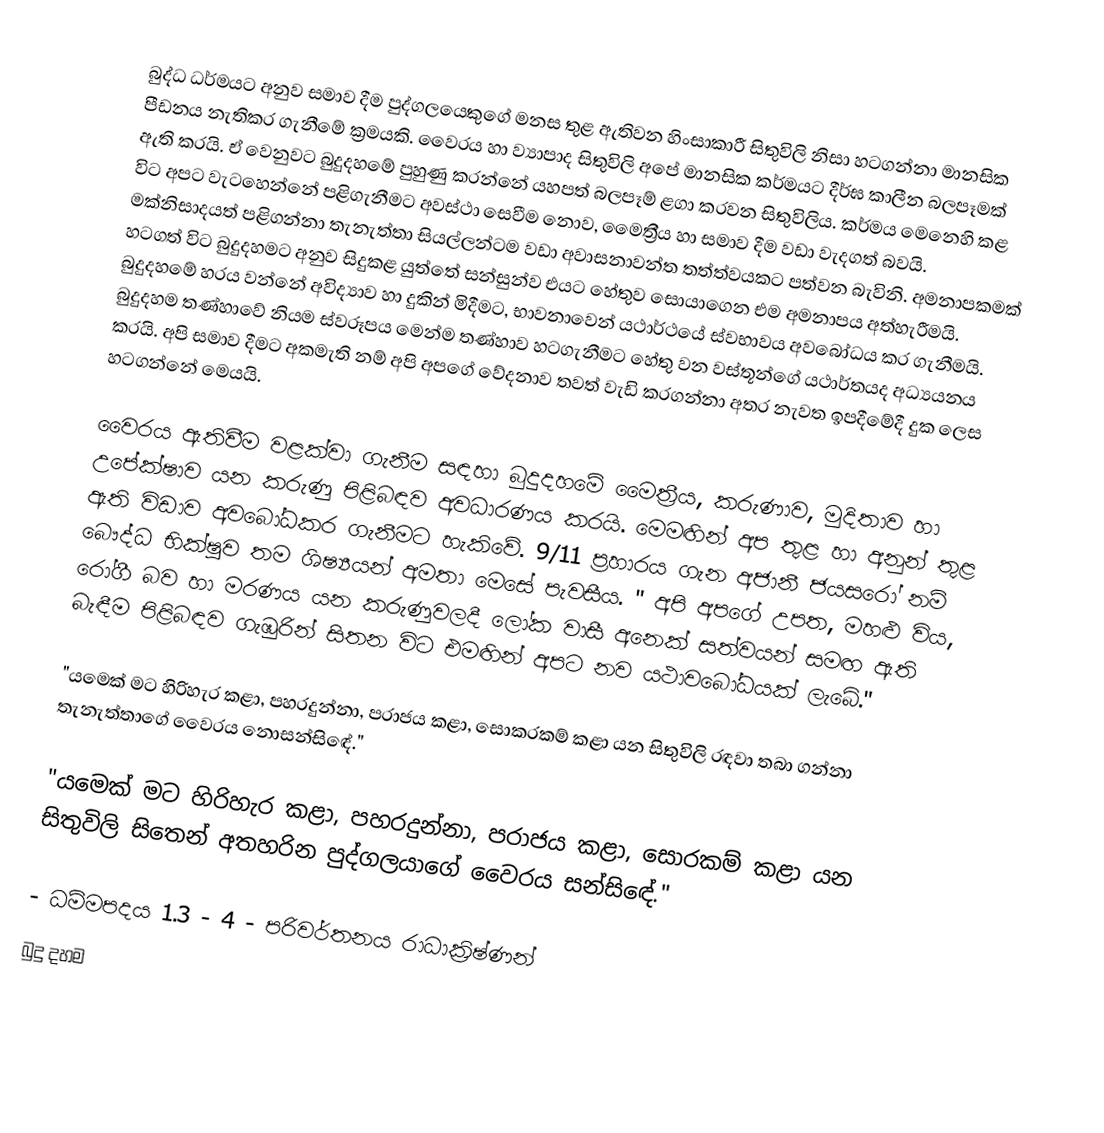
බුද්ධ ධර්මයට අනුව සමාව දීම පුද්ගලයෙකුගේ මනස තුළ ඇතිවන හිංසාකාරී සිතුවිලි නිසා හටගන්නා මානසික පීඩනය නැතිකර ගැනීමේ ක්‍රමයකි. වෛරය හා ව්‍යාපාද සිතුවිලි අපේ මානසික කර්මයට දීර්ඝ කාලීන බලපෑමක් ඇති කරයි. ඒ වෙනුවට බුදුදහමේ පුහුණු කරන්නේ යහපත් බලපෑම් ළගා කරවන සිතුවිලිය. කර්මය මෙනෙහි කළ විට අපට වැටහෙන්නේ පළිගැනීමට අවස්ථා සෙවීම නොව, මෛත්‍රීය හා සමාව දීම වඩා වැදගත් බවයි. මක්නිසාදයත් පළිගන්නා තැනැත්තා සියල්ලන්ටම වඩා අවාසනාවන්ත තත්ත්වයකට පත්වන බැවිනි. අමනාපකමක් හටගත් විට බුදුදහමට අනුව සිදුකළ යුත්තේ සන්සුන්ව එයට හේතුව සොයාගෙන එම අමනාපය අත්හැරීමයි. බුදුදහමේ හරය වන්නේ අවිද්‍යාව හා දුකින් මිදීමට, භාවනාවෙන් යථාර්ථයේ ස්වභාවය අවබෝධය කර ගැනීමයි. බුදුදහම තණ්හාවේ නියම ස්වරූපය මෙන්ම තණ්හාව හටගැනීමට හේතු වන වස්තූන්ගේ යථාර්තයද අධ්‍යයනය කරයි. අපි සමාව දීමට අකමැති නම් අපි අපගේ වේදනාව තවත් වැඩි කරගන්නා අතර නැවත ඉපදීමේදී දුක ලෙස හටගන්නේ මෙයයි.

වෛරය ඇතිවීම වළක්වා ගැනීම සඳහා බුදුදහමේ මෛත්‍රීය, කරුණාව, මුදිතාව හා උපේක්ෂාව යන කරුණු පිළිබඳව අවධාරණය කරයි. මෙමඟින් අප තුළ හා අනුන් තුළ ඇති විඩාව අවබෝධකර ගැනීමට හැකිවේ. 9/11 ප්‍රහාරය ගැන අජානී ජයසරෝ නම් බෞද්ධ භික්ෂුව තම ශිෂ්‍යයන් අමතා මෙසේ පැවසීය. " අපි අපගේ උපත, මහළු විය, රෝගී බව හා මරණය යන කරුණුවලදී ලෝක වාසී අනෙක් සත්වයන් සමඟ ඇති බැඳීම පිළිබඳව ගැඹුරින් සිතන විට එමඟින් අපට නව යථාවබෝධයක් ලැබේ."

"යමෙක් මට හිරිහැර කළා, පහරදුන්නා, පරාජය කළා, සොකරකම් කළා යන සිතුවිලි රඳවා තබා ගන්නා තැනැත්තාගේ වෛරය නොසන්සිඳේ."

"යමෙක් මට හිරිහැර කළා, පහරදුන්නා, පරාජය කළා, සොරකම් කළා යන සිතුවිලි සිතෙන් අතහරින පුද්ගලයාගේ වෛරය සන්සිඳේ."

- ධම්මපදය 1.3 - 4 - පරිවර්තනය රාධාක්‍රිෂ්ණන්
බුදු දහම